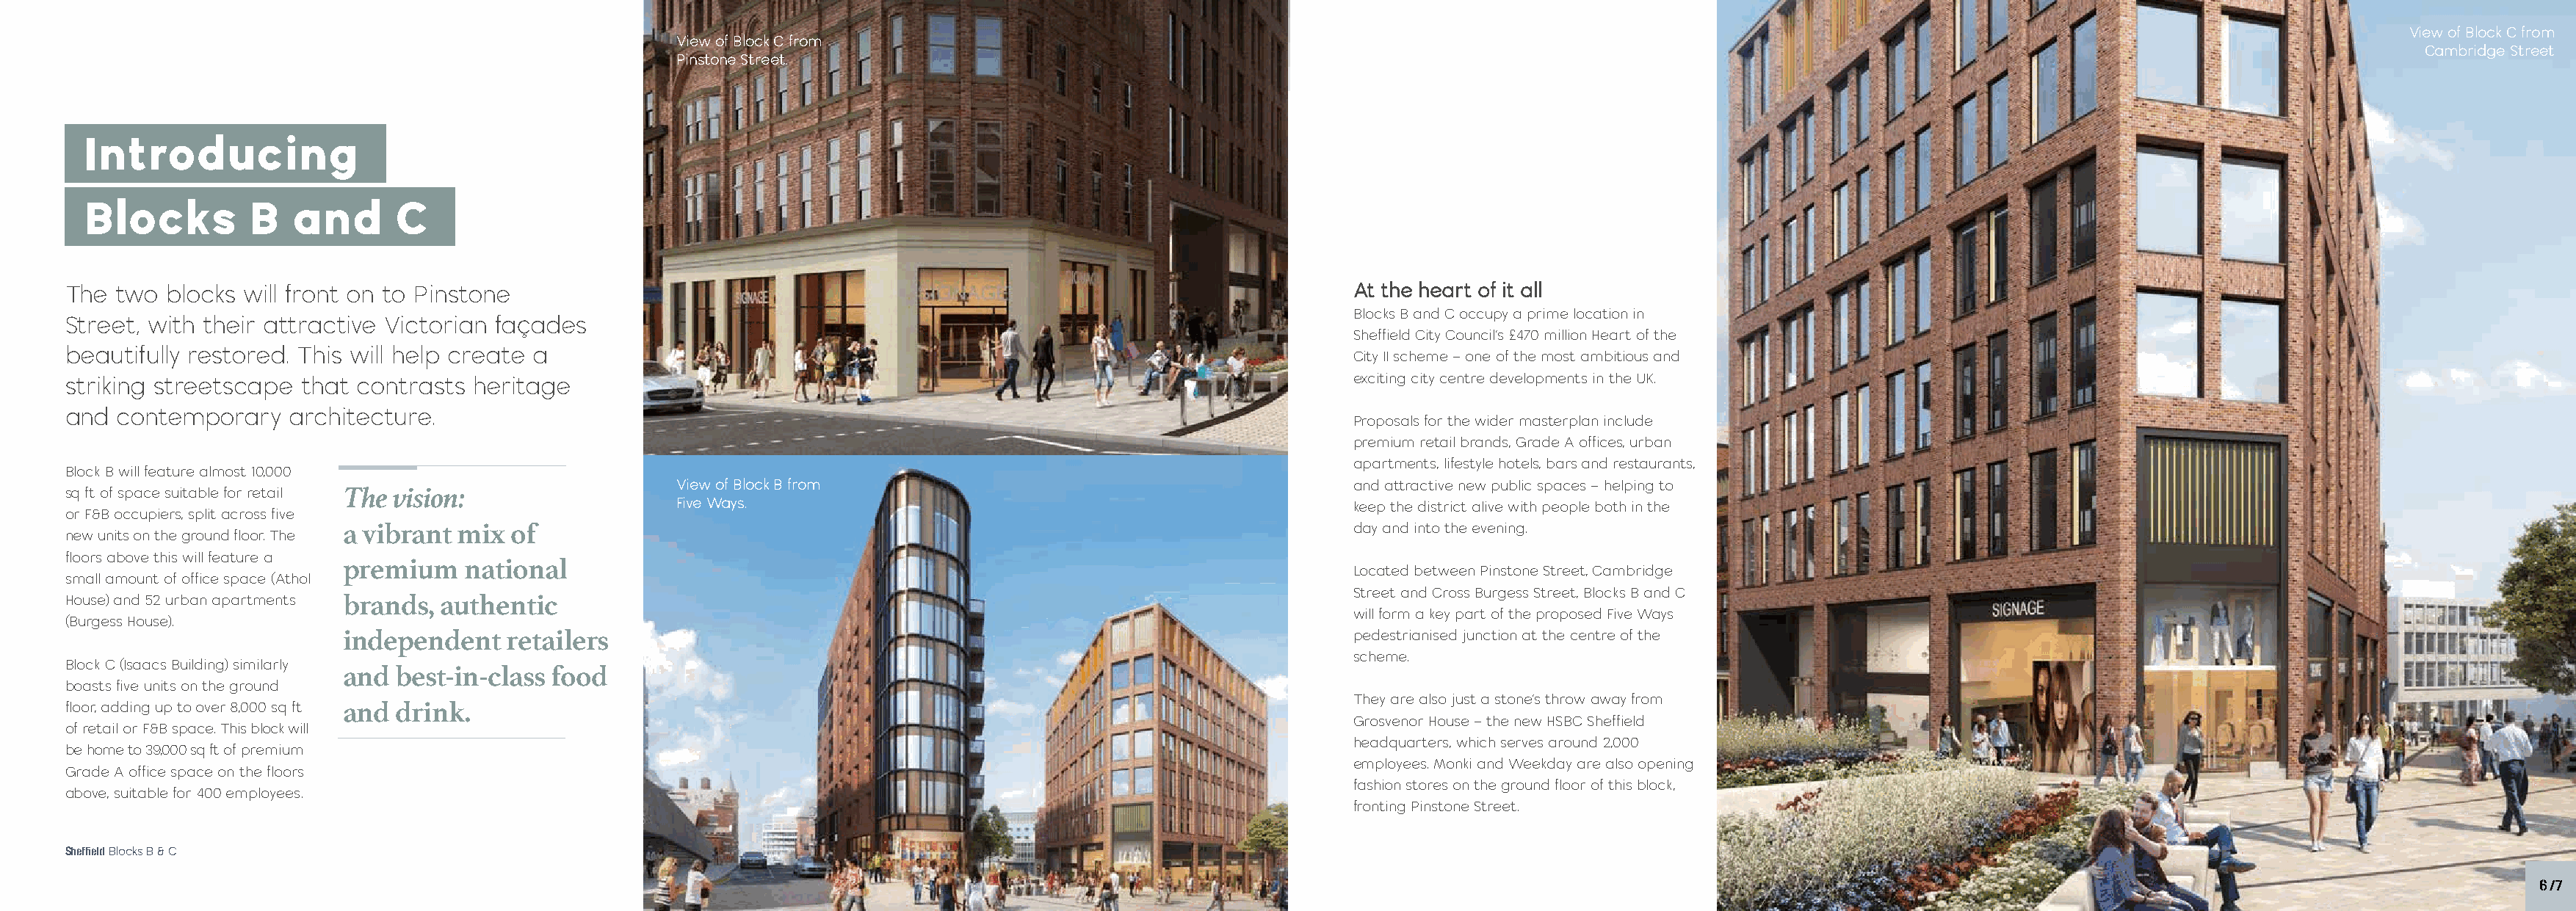
View of Block C from
 View of Block C from
 Cambridge Street
 Pinstone Street.
 Introducing
 Blocks         B  and       C
 The two  blocks will front on to Pinstone                                                                           At the heart of it all
 Blocks B and C occupy a prime location in
 Street, with their attractive Victorian façades
 Sheffield City Council’s £470 million Heart of the
 beautifully restored. This will help create a
 City II scheme – one of the most ambitious and
 striking streetscape that contrasts  heritage                                                                       exciting city centre developments in the UK.
 and  contemporary   architecture.
 Proposals for the wider masterplan include
 premium retail brands, Grade A offices, urban
 apartments, lifestyle hotels, bars and restaurants,
 Block B will feature almost 10,000
 View of Block B from                                         and attractive new public spaces – helping to
 sq ft of space suitable for retail The vision:
 Five Ways.                                                   keep the district alive with people both in the
 or F&B occupiers, split across five
 new units on the ground floor. The a vibrant mix of                                                                 day and into the evening.
 floors above this will feature a
 premium    national                                                                        Located between Pinstone Street, Cambridge
 small amount of office space (Athol
 Street and Cross Burgess Street, Blocks B and C
 House) and 52 urban apartments brands, authentic
 will form a key part of the proposed Five Ways
 (Burgess House).
 independent    retailers                                                                   pedestrianised junction at the centre of the
 scheme.
 Block C (Isaacs Building) similarly
 and  best-in-class food
 boasts five units on the ground
 They are also just a stone’s throw away from
 floor, adding up to over 8,000 sq ft and drink.
 Grosvenor House – the new HSBC Sheffield
 of retail or F&B space. This block will
 headquarters, which serves around 2,000
 be home to 39,000 sq ft of premium
 employees. Monki and Weekday are also opening
 Grade A office space on the floors
 fashion stores on the ground floor of this block,
 above, suitable for 400 employees.
 fronting Pinstone Street.
 Sheffield Blocks B & C
 66 // 77